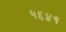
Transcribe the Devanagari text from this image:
५६४१